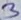
Text: 3